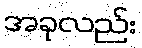
အခုလည်း